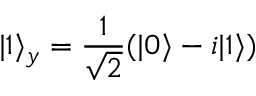
\ensuremath { | 1 \rangle } _ { y } = \frac { 1 } { \sqrt { 2 } } ( \ensuremath { | 0 \rangle } - i \ensuremath { | 1 \rangle } )